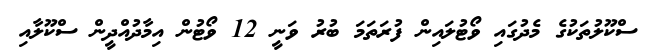
ސްކޫލުތަކުގެ މެދުގައި ވޯޓުލައިން ފުރަތަމަ ބުރު ވަނީ 12 ވޯޓުން އިމާދުއްދީން ސްކޫލާއި